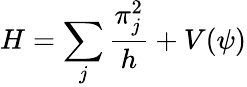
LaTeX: H=\sum_{j}\frac{\pi_{j}^{2}}{h}+V(\psi)